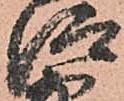
仰